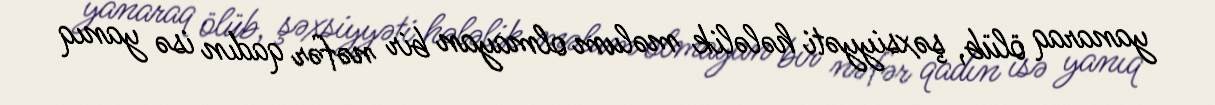
yanaraq ölüb, şəxsiyyəti hələlik məlum olmayan bir nəfər qadın isə yanıq